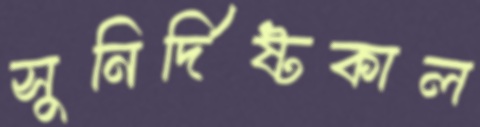
সুনির্দিষ্টকাল